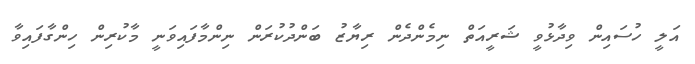
އަލީ ހުސައިން ވިދާޅުވީ ޝަރީއަތް ނިމެންދެން ރިޔާޒު ބަންދުކުރަން ނިންމާފައިވަނީ މާކުރިން ހިންގާފައިވާ